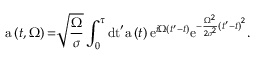
\mathrm { a } \left( t , \Omega \right) \mathrm { = } \sqrt { \frac { \Omega } { \sigma } } \int _ { 0 } ^ { \tau } \mathrm { d t } ^ { \prime } \mathrm { a } \left( t \right) \mathrm { e } ^ { i \Omega \left( t ^ { \prime } - t \right) } \mathrm { e } ^ { - \frac { \Omega ^ { 2 } } { 2 \sigma ^ { 2 } } \left( t ^ { \prime } - t \right) ^ { 2 } } \mathrm { . }